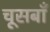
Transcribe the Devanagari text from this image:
चूसबाँ